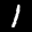
Label: 1